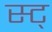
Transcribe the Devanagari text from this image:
स्ट्